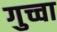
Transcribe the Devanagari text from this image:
गुच्चा